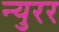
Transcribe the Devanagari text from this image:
न्युरर